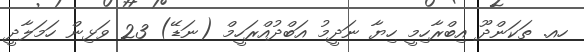
ހއ. ތަކަންދޫ އިބްރާހިމީ ހިޔާ ނަދީމު އަބްދުއްރަހީމް (ނަޑޭ) 23 ވަޅިން ހަމަލާދީ